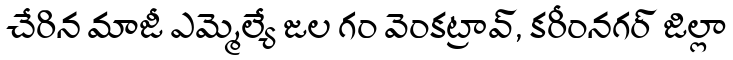
చేరిన మాజీ ఎమ్మెల్యే జల గం వెంకట్రావ్, కరీంనగర్ జిల్లా